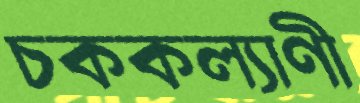
চককল্যাণী